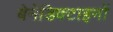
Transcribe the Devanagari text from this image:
बेनेडिक्टाइनों